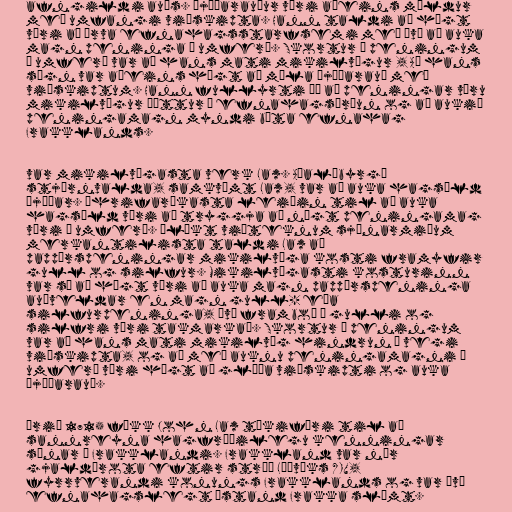
afngildi auðs. Þjóðarauður væri aðeins mældur
með umfangi viðskipta. Hann taldi að hægt
væri að örva efnahagsstarfsemi með því að auka
magn peninga í umferð. Skortur á peningum
í umferð var að hans mati mikilvægur , Að hans
sögn var aðeins hægt að mæla þjóðarauð með
viðskiptum. Hann fullyrti þá að peningar væru
mikilvægur þáttur í efnahagsþróun og að aukið
peningamagn myndi bæta efnahag
Frakklands.

var mikilvægasta verk Law. Aðalábyrgð
stjórnvalda, samkvæmt Law, var að auka hagsæld
þjóðar. Áhrifaríkasta leiðin til að auka
hagsæld væri að tryggja að nægt peningamag
væri í umferð. Ólíkt viðteknum sjónarmiðum
merkantilista taldi Law að
pappírspeningar mikilvæga kosti framyfir
gull og silfur. Mikilvægasti kosturinn
var sá að hægt væri að auka magn pappírspeninga
auðveldar en magn gull- eða
silfurpeninga, því framboð á gulli og
silfri væri takmarkað. Skortur á peningum
var að hans mati mikilvæg hindrun í vegi
viðskipta, og að með auknu peningamagni í
umferð væri hægt að glæða viðskipti og auka
þjóðarauð.

Árið 1715 fékk John Law tækifæri til að
sannreyna hagfræðilegu kenningar
sínar í Frakklandi. Frakkland var nær
gjaldþrota eftir stríð Lúðvíks XIV,
fyrrverandi konungs Frakklands og var því
efnahagslegt ástand Frakka slæmt.